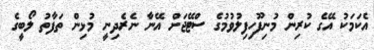
އެކަމަކު އޭގެ ކުރިން މުނިފޫހިފިލުވުމުގެ ސްޓޭޖަށް އޭނާ ނެރެދިނީ މުޅިން ތަފާތު ލޯބީގެ